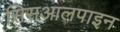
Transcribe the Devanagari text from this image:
सिसआलपाइन